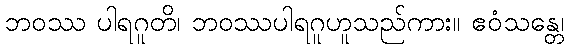
ဘဝဿ ပါရဂူတိ၊ ဘဝဿပါရဂူဟူသည်ကား။ ဧဝံသန္တေ၊